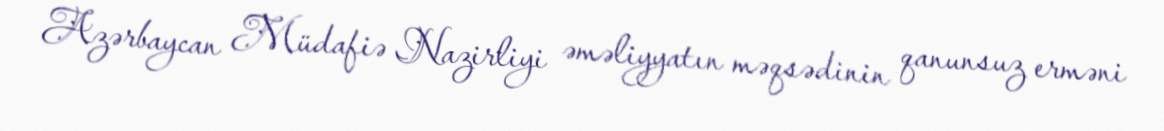
Azərbaycan Müdafiə Nazirliyi əməliyyatın məqsədinin qanunsuz erməni